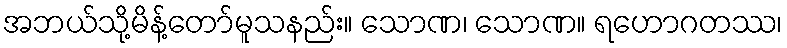
အဘယ်သို့မိန့်တော်မူသနည်း။ သောဏ၊ သောဏ။ ရဟောဂတဿ၊